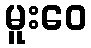
မူးဝေ